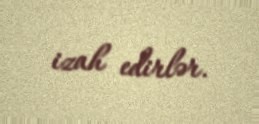
izah edirlər.